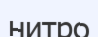
нитро